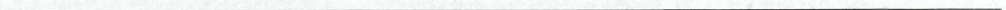
___